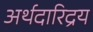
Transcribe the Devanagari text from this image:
अर्थदारिद्रय